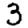
Digit: 3